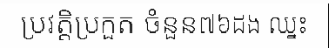
ប្រវត្តិប្រកួត ចំនួន៧៦ដង ឈ្នះ